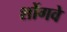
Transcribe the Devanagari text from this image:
शोंगवे